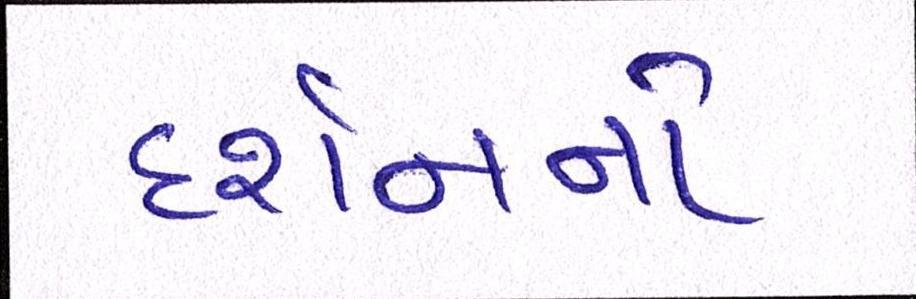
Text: દર્શનનો